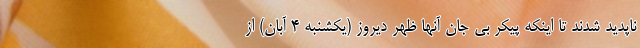
ناپدید شدند تا اینکه پیکر بی جان آنها ظهر دیروز (یکشنبه ۴ آبان) از